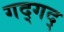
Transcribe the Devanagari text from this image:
गद्गद्